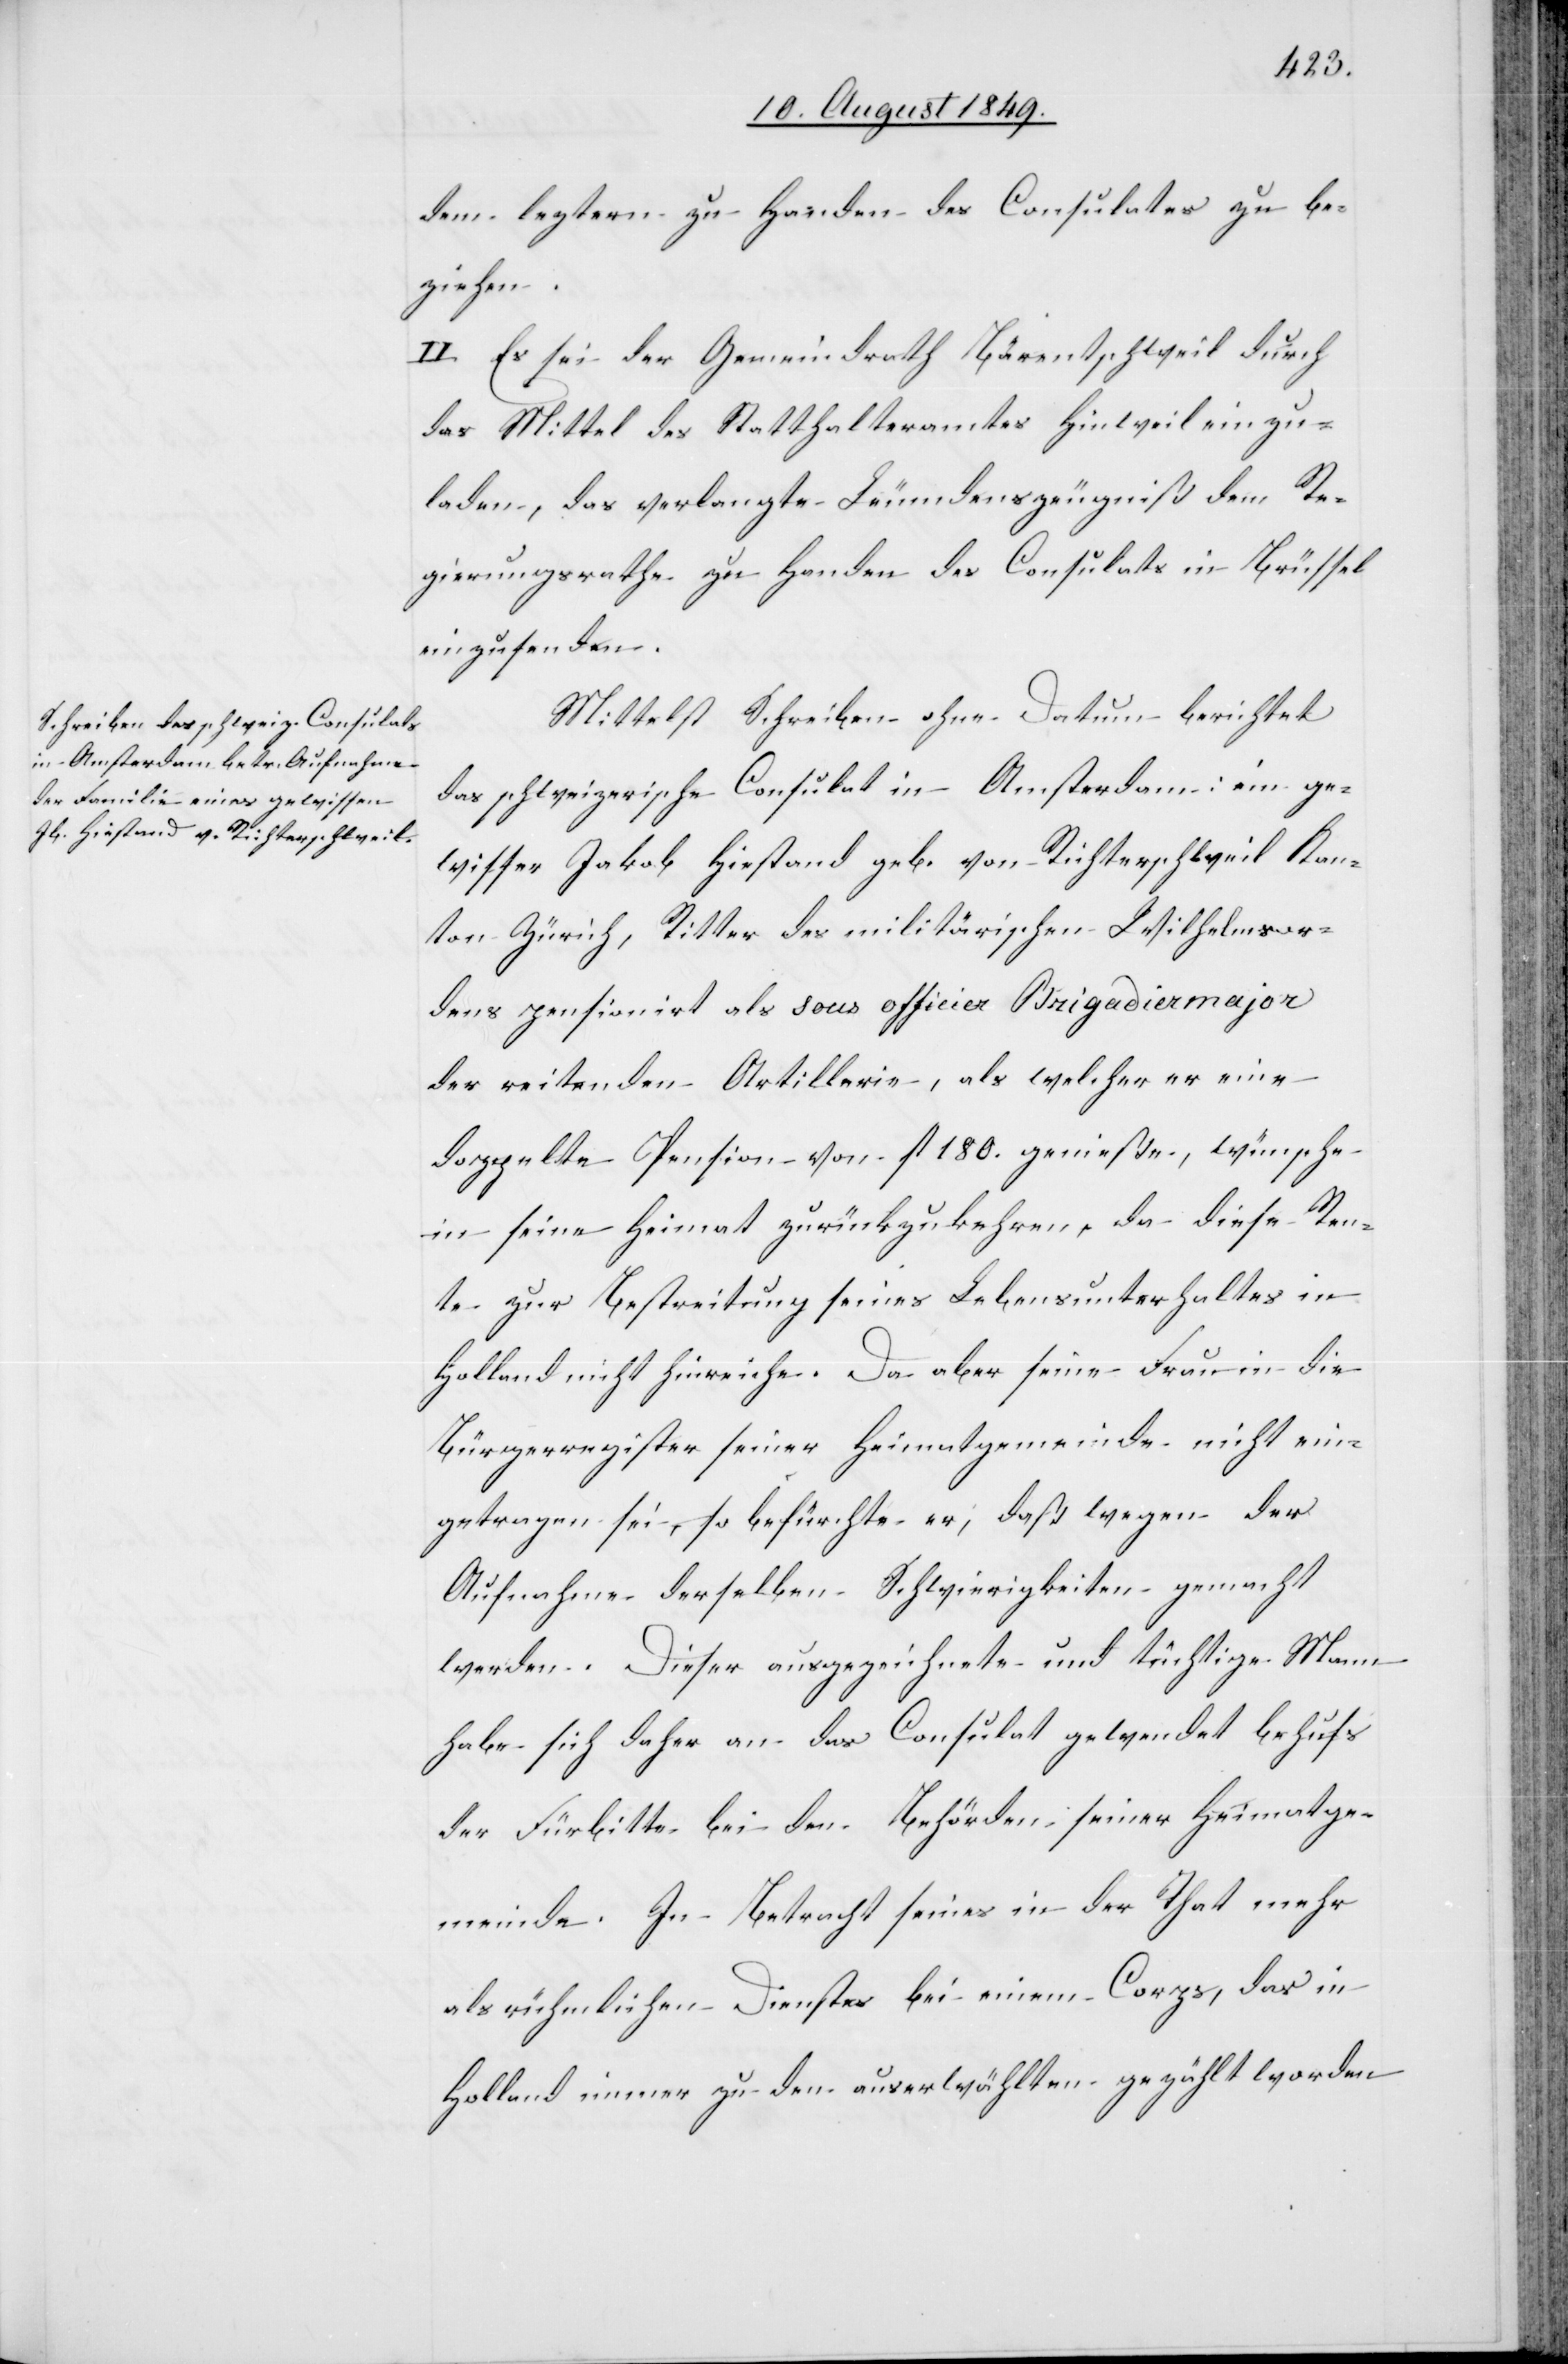
dem leztern zu Handen des Consulates zu be¬
ziehen.
II. Es sei der Gemeindrath Bärentschweil durch
das Mittel des Statthalteramtes Hinweil einzu¬
laden, das verlangte Leumdenszeugniß dem Re¬
gierungsrathe zu Handen des Consulats in Brüssel
einzusenden.
Mittelst Schreiben ohne Datum berichtet
das schweizerische Consulat in Amsterdam: ein ge¬
wisser Jakob Hiestand geb. von Richterschweil Kan¬
ton Zürich, Ritter des militärischen Wilhelmsor¬
dens pensionirt als sous officier Brigadiermajor
der reitenden Artillerie, als welcher er eine
doppelte Pension von fl. 180. genieße, wünsche
in seine Heimat zurückzukehren, da diese Ren¬
te zur Bestreitung seines Lebensunterhaltes in
Holland nicht hinreiche. Da aber seine Frau in die
Bürgerregister seiner Heimatgemeinde nicht ein¬
getragen sei, so befürchte er, daß wegen der
Aufnahme derselben Schwierigkeiten gemacht
werden. Dieser ausgezeichnete und tüchtige Mann
habe sich daher an das Consulat gewendet behufs
den Fürbitten bei den Behörden seiner Heimatge¬
meinde. In Betracht seines in der That mehr
als rühmlichen Dienstes bei einem Corps, das in
Holland immer zu den auserwählten [sic!] gezählt worden